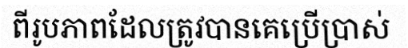
ពីរូបភាពដែលត្រូវបានគេប្រើប្រាស់